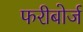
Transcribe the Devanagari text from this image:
फरीबोर्ज